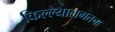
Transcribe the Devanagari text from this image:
किल्ल्यालगतचा